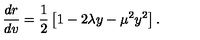
\frac { d r } { d v } = \frac { 1 } { 2 } \left[ 1 - 2 \lambda y - \mu ^ { 2 } y ^ { 2 } \right] .